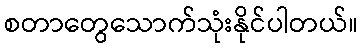
စတာတွေသောက်သုံးနိုင်ပါတယ်။